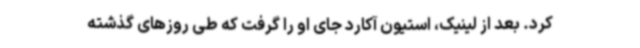
کرد. بعد از لینیک، استیون آکارد جای او را گرفت که طی روزهای گذشته